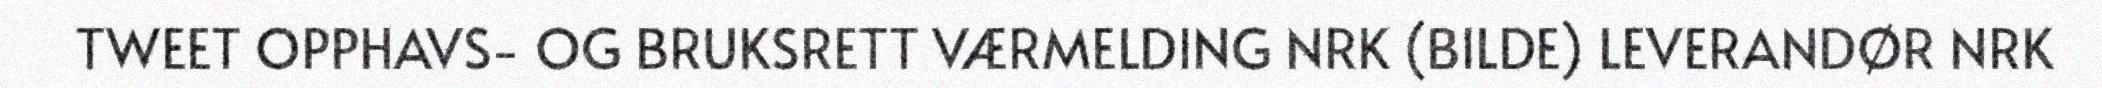
TWEET OPPHAVS- OG BRUKSRETT VÆRMELDING NRK (BILDE) LEVERANDØR NRK